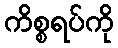
ကိစ္စရပ်ကို